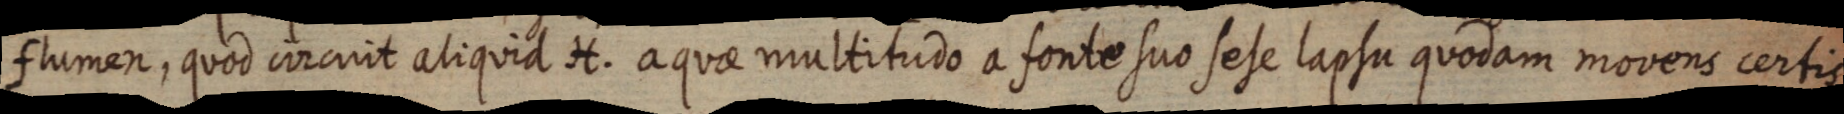
flumen, quod circuit aliquid H. aquae multitudo a fonte suo sese lapsu quodam movens certis